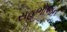
સહભોજન